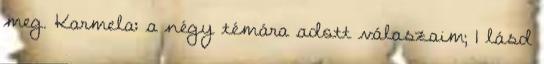
meg. Karmela: a négy témára adott válaszaim; 1 lásd